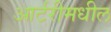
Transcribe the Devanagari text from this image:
आर्टरीमधील